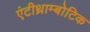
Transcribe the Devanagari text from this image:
एंटीथ्राम्बोटिक